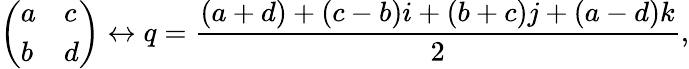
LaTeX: {\left(\begin{array}{ll}{a}&{c}\\ {b}&{d}\end{array}\right)}\leftrightarrow q={\frac{(a+d)+(c-b)i+(b+c)j+(a-d)k}{2}},